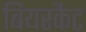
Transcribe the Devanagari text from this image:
बियरकैट